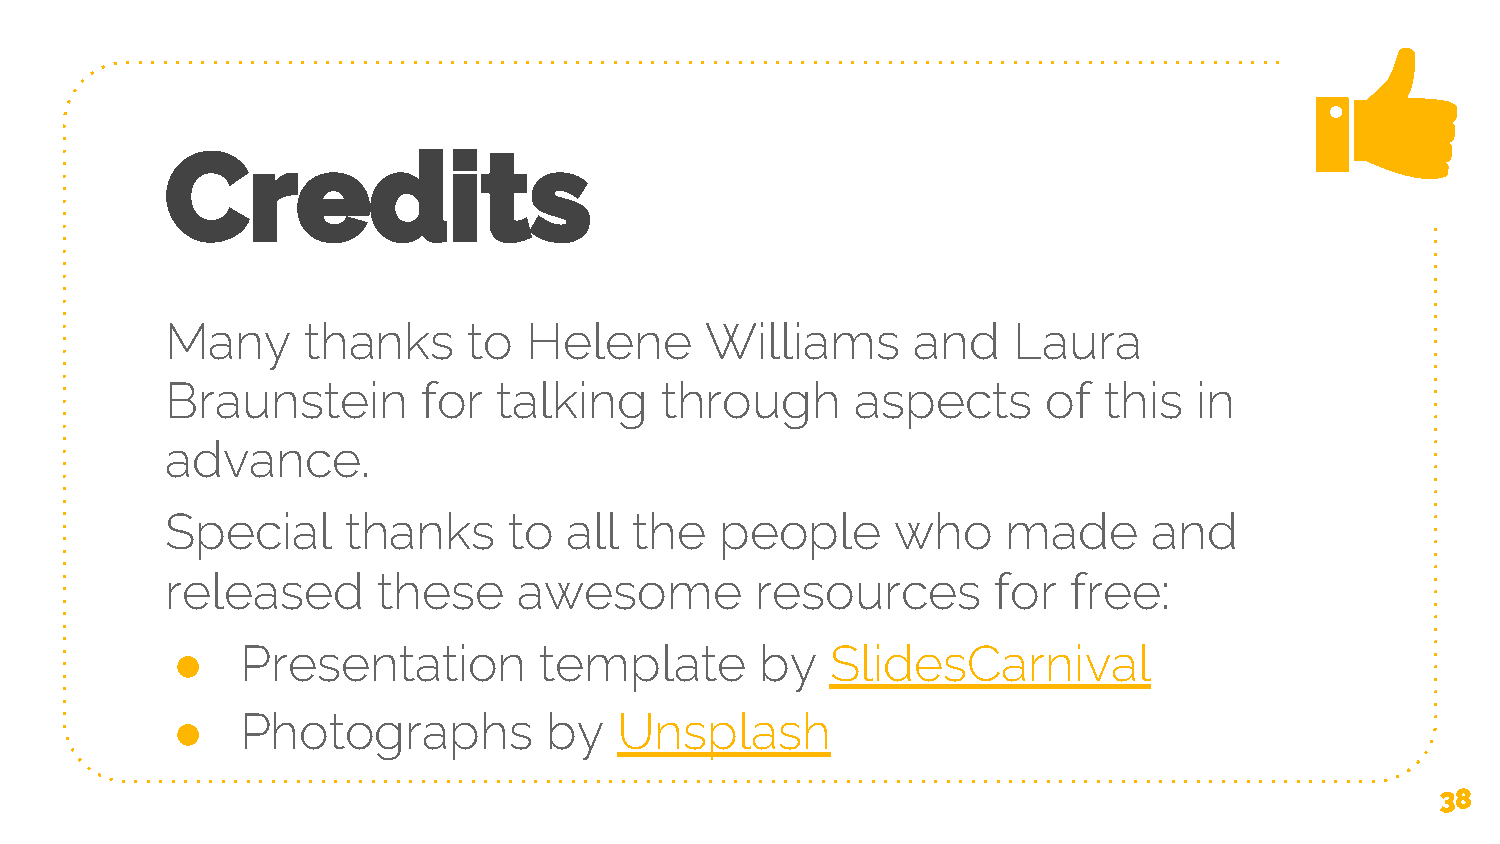
Credits
 Many     thanks     to  Helene      Williams     and    Laura
 Braunstein       for  talking    through      aspects     of  this  in
 advance.
 Special     thanks     to  all the   people     who     made     and
 released      these    awesome         resources       for  free:
 ●    Presentation        template      by   SlidesCarnival
 ●    Photographs         by   Unsplash
 38